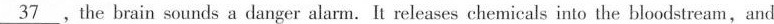
\underline{37} ,the brain sounds a danger alarm. It releases chemicals into the bloodstream,and